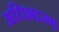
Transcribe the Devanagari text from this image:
अधिभारण